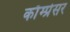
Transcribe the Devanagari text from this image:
काँम्प्रेसर